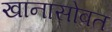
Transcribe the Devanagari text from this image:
खानासोबत